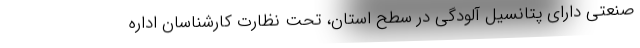
صنعتی دارای پتانسیل آلودگی در سطح استان، تحت نظارت کارشناسان اداره